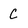
Character: C